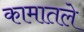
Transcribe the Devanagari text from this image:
कामातले